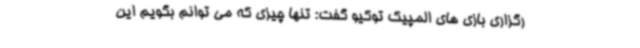
رگزاری بازی های المپیک توکیو گفت: تنها چیزی که می توانم بگویم این